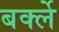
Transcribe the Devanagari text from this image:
बर्क्ले